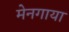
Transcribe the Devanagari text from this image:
मेनगाया